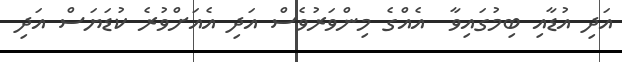
އަދި އުޑާއި ބިމުގައިވާ  އެއްގެ މިންވަރުވެސް އަދި އެއަށްވުރެ ކުޑަޔަސް އަދި